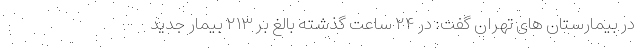
در بیمارستان های تهران گفت: در ۲۴ ساعت گذشته بالغ بر ۲۱۳ بیمار جدید